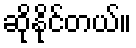
ဆိုနိုင်တယ်။